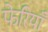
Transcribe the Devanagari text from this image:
फेरियाँ